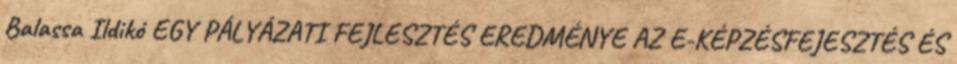
Balassa Ildikó EGY PÁLYÁZATI FEJLESZTÉS EREDMÉNYE AZ E-KÉPZÉSFEJESZTÉS ÉS